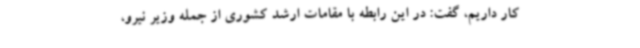
کار داریم، گفت: در این رابطه با مقامات ارشد کشوری از جمله وزیر نیرو،